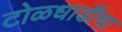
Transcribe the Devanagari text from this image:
टोळधाडींचा